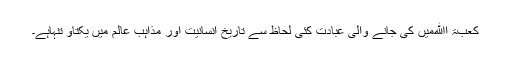
کعبۃ اﷲمیں کی جانے والی عبادت کئی لحاظ سے تاریخ انسانیت اور مذاہب عالم میں یکتاو تنہاہے۔